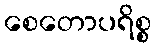
စေတောပရိစ္စ